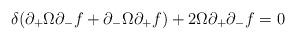
LaTeX: \begin{align*}\delta(\partial_+\Omega\partial_-f + \partial_-\Omega\partial_+f)+2\Omega\partial_+\partial_-f =0\end{align*}